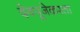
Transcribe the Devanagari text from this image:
देवपूजेकरता